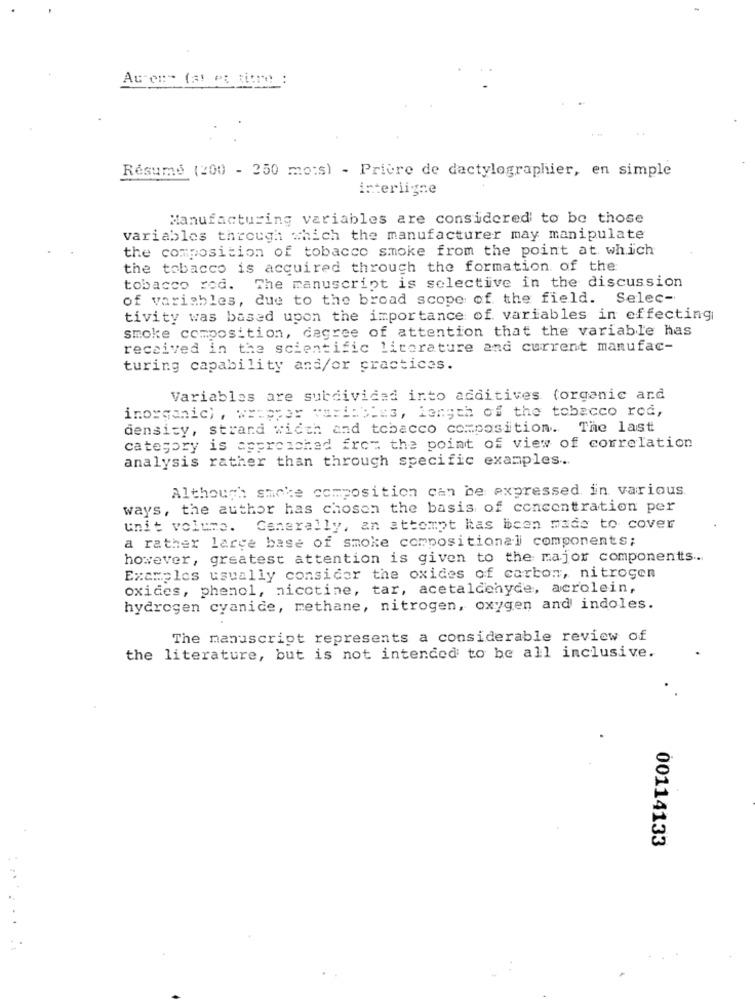
Au-en- (at es titre :
Résumé (200 - 250 mois) - Prière de dactylographier, en simple
interligne
Manufacturing variables are considered to be those
variables through which the manufacturer may manipulate
the composition of tobacco smoke from the point at which
the tobacco is acquired through the formation of the
tobacco red. The manuscript is selective in the discussion
of variables, due to the broad scope of the field. Selec-
tivity was based upon the importance of variables in effecting
smoke composition, degree of attention that the variable has
received in the scientific literature and current manufac-
turing capability and/or practices.
Variables are subdivided into additives (organic and
inorganic) , wrapper variables, length of the tobacco rod,
density, strand width and tobacco composition. The last
category is approached from the point of view of correlation
analysis rather than through specific examples ...
Although smoke composition can be expressed in various.
ways, the author has chosen the basis of concentration per
unit volume. Generally, an attempt has been made to cover
a rather large base of smoke compositional components;
however, greatest attention is given to the major components ...
Examples usually consider the oxides of carbon, nitrogen
oxides, phenol, nicotine, tar, acetaldehyde, acrolein,
hydrogen cyanide, methane, nitrogen, oxygen and indoles.
The manuscript represents a considerable review of
the literature, but is not intended to be all inclusive.
00114133